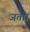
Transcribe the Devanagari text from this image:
जताा